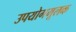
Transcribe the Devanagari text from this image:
उपयोगमूलक